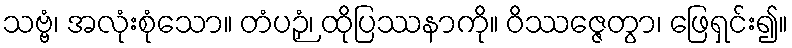
သဗ္ဗံ၊ အလုံးစုံသော။ တံပဉှံ၊ ထိုပြဿနာကို။ ဝိဿဇ္ဇေတွာ၊ ဖြေရှင်း၍။